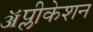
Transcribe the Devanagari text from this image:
ॲप्लीकेशन